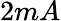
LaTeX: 2mA